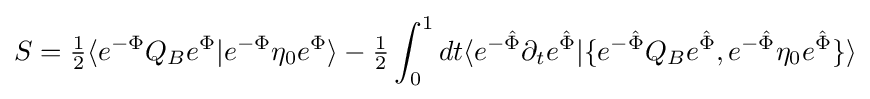
S={\tfrac {1}{2}}\langle e^{-\Phi }Q_{B}e^{\Phi }|e^{-\Phi }\eta _{0}e^{\Phi }\rangle -{\tfrac {1}{2}}\int _{0}^{1}dt\langle e^{-{\hat {\Phi }}}\partial _{t}e^{\hat {\Phi }}|\{e^{-{\hat {\Phi }}}Q_{B}e^{\hat {\Phi }},e^{-{\hat {\Phi }}}\eta _{0}e^{\hat {\Phi }}\}\rangle